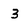
Character: 3